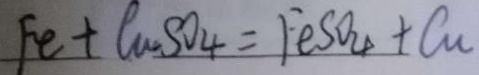
F e + C u S O _ { 4 } = F e S O _ { 4 } + C u